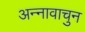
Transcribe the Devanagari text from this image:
अन्नावाचुन